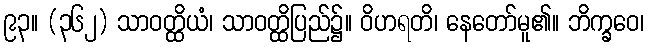
၉၃။ (၃၆၂) သာဝတ္ထိယံ၊ သာဝတ္ထိပြည်၌။ ဝိဟရတိ၊ နေတော်မူ၏။ ဘိက္ခဝေ၊